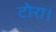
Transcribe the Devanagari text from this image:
टोरा।